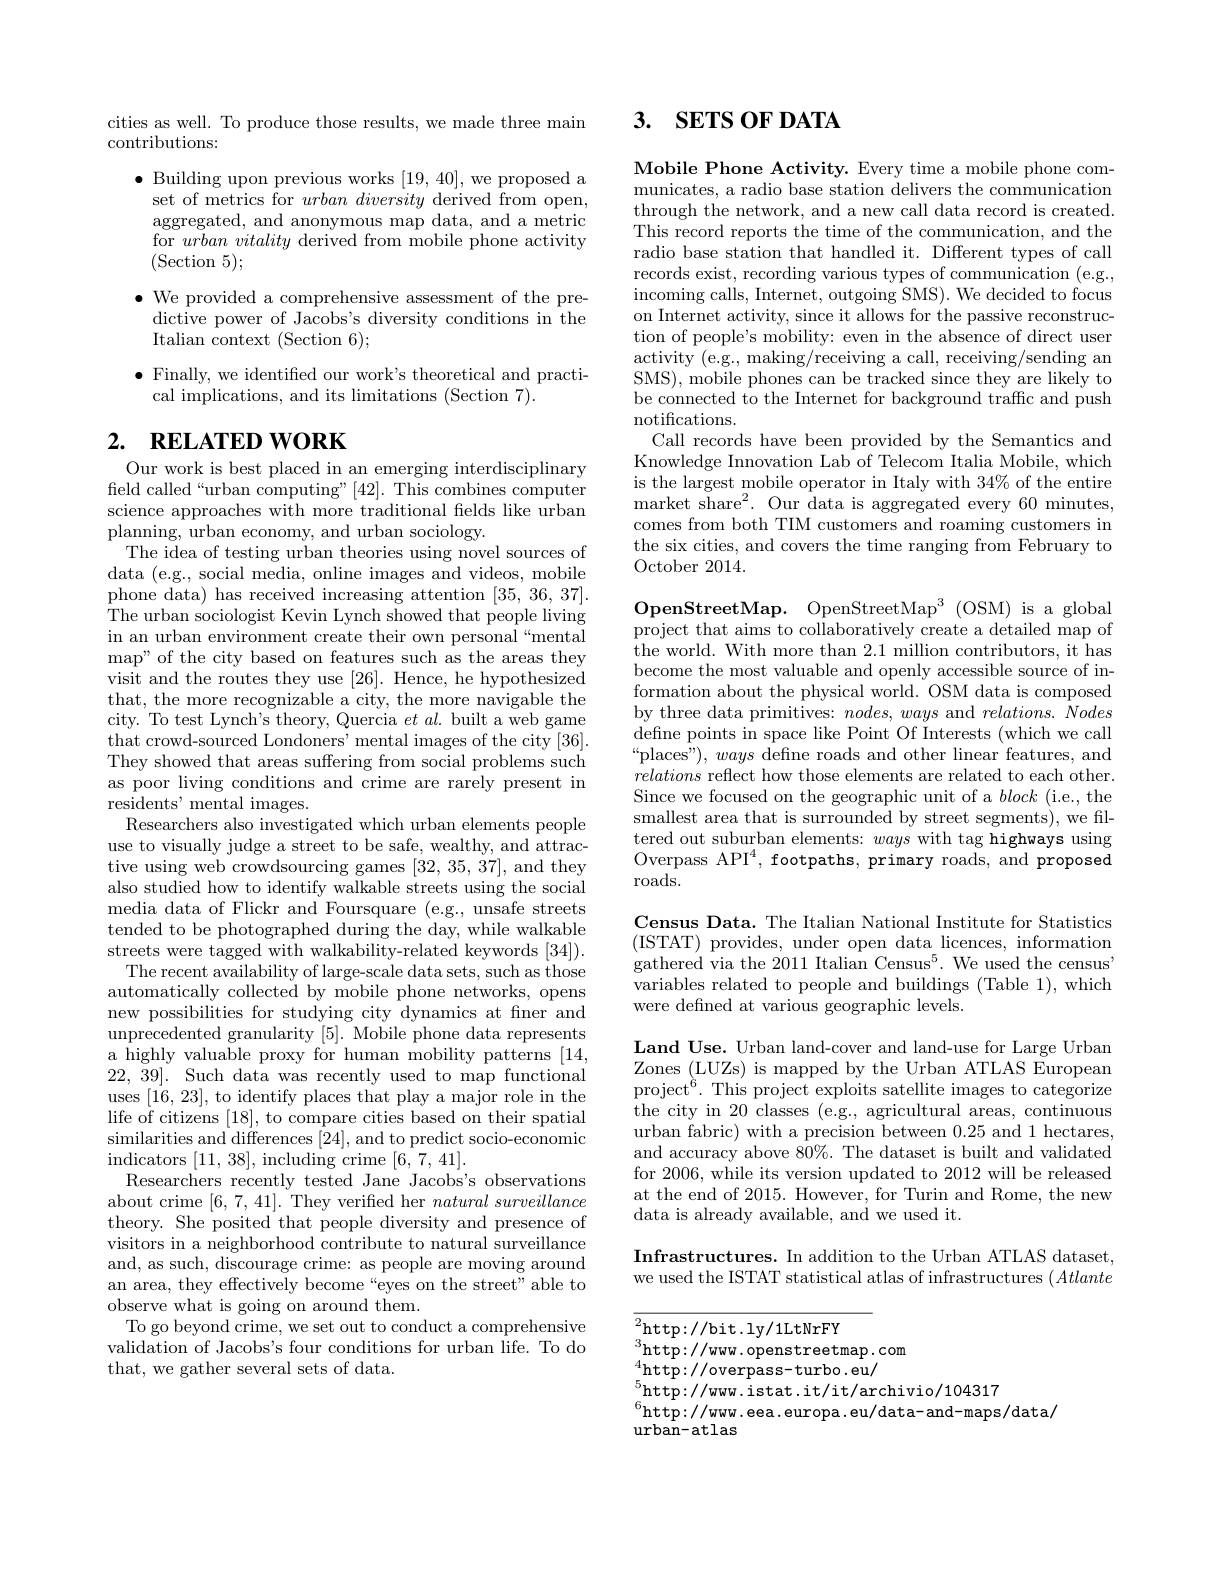
cities as well. To produce those results, we made three main
contributions:

$\bullet$ Building upon previous works [19,40], we proposed a
set of metrics for $urban\textit{diversity derived from open, }$ aggregated, and anonymous ma for $urban\textit{vitality derived from mobile phone activity}$ (Section 5);

$\bullet$ We provided a comprehensive assessment of the predictive power of Jacobs's di Italian context (Section 6);

$\bullet$ Finally, we identified our work's theoretical and practi-
cal implications, and its limitations (Section 7).

## 2. $\textbf{RELATED WORK}$

Our work is best placed in an emerging interdisciplinary field called“urban computing”[42]. This combines computer science approaches with more traditional felds like urban planning, urban economy, and urban sociology.
The idea of testing urban theories using novel sources of data (e.g., social media, online images and videos, mobile phone data) has received increasing attention [35,36,37]. The urban sociologist Kevin Lynch showed that people living in an urban environment create their own personal“mental map" of the city based on fe visit and the routes they use [26]. Hence, he hypothesized that, the more recognizable a city, the more navigable the city. To test Lynch's theory that crowd-sourced Londoners' mental images of the city [36]. They showed that areas suffering from social problems such as poor living conditions and crime are rarely present in residents' mental images.
Researchers also investigated which urban elements people use to visually judge a stre tive using web crowdsourcing games [32,35,37], and they also studied how to identify walkable streets using the social media data of Flickr and Foursquare (e.g., unsafe streets tended to be photographed during the day, while walkable streets were tagged with walkability-related keywords [34]). The recent availability of large-scale data sets, such as those automatically collected by mobile phone networks, opens new possibilities for studying city dynamics at fner and unprecedented granularity [ a highly valuable proxy for human mobility patterns [14, 22,39]. Such data was recently used to map functional uses [16,23], to identify places that play a major role in the life of citizens [18], to compare cities based on their spatial similarities and differences [24], and to predict socio-economic indicators [11,38], including crime [6,7,41].
Researchers recently tested Jane Jacobs's observations about crime [6,7,41]. They verified her naturalsurveillance theory. She posited that people diversity and presence of visitors in a neighborhood contribute to natural surveillance and, as such, discourage crime: as people are moving around an area, they effectively become“eyes on the street" able to observe what is going on around them.
To go beyond crime, we set out to conduct a comprehensive validation of Jacobs's four conditions for urban life. To do that, we gather several sets of data.

## 3. $\textbf{SETS OF DATA}$

Mobile Phone Activity. Every municates, a radio base station delivers the communication through the network, and a new call data record is created. This record reports the time radio base station that handled it. Different types of call records exist, recording various types of communication (e.g., incoming calls, Internet, outgoing SMS). We decided to focus on Internet activity, since it allows for the passive reconstruction of people's mobility: even in the absence of direct user activity (e.g., making/receiving a call, receiving/sending an SMS), mobile phones can be tracked since they are likely to be connected to the Internet notifications.
Call records have been provided by the Semantics and Knowledge Innovation Lab of Telecom Italia Mobile, which is the largest mobile operator in Italy with $34\%$ of the entire market share$^2.$ Our data is aggregated every 60 minutes, comes from both TIM customers and roaming customers in the six cities, and covers the time ranging from February to October 2014.

OpenStreetMap. OpenStreetMa$p^3$ ( OSM) is a global $\hat{\text{project that aims to collaboratively create a detailed map of}}$ the world. With more than 2. become the most valuable and openly accessible source of information about the physical world. OSM data is composed by three data primitives: $nodes, \textit{ways and relations. Nodes}$ define points in space like Point Of Interests (which we call “places”), ways define roads and other linear features, and relations reflect how those elements are related to each other. Since we focused on the geographic unit of a block ( i. e. , the smallest area that is surrounded by street segments), we filtered out suburban elements: ways with tag highways using Overpass API$^4$, footpaths, primary roads, and proposed $\operatorname{roads.}$

Census Data. The Italian National Institute for Statistics ( ISTAT) provides, under op gathered via the 2011 Italian Census$^5.$ We used the census variables related to people and buildings (Table 1), which were defined at various geographic levels.

Land Use. Urban land-cover and land-use for Large Urban Zones (LUZs) is mapped by the Urban ATLAS European project$^6.$ This project ex the city in 20 classes (e.g., agricultural areas, continuous urban fabric) with a precision between 0.25 and 1 hectares, and accuracy above $80\%.$ The dataset is built and validated for 2006, while its version updated to 2012 will be released at the end of 2015. However, for Turin and Rome, the new data is already available, and we used it.

Infrastructures. In addition to the Urban ATLAS dataset, we used the ISTAT statistica

${\overline{{^2}}}$http://bit.ly/1LtNrFY
${}^{3}$http://www.openstreetmap.com
${}_{r}^{4}{\mathrm{http://overpass-turbo.eu/}}$
$_{c}^{5}$http://www.istat.it/it/archivio/104317
$^{6}$http://www. eea. europa. eu/data- and- maps/ data/
urban-atlas